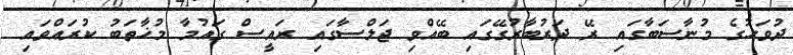
ދުވަހުގެ މުނާސަބާގައި ރޭ ދަރުބާރުގޭގައި ބޭއްވި ޖަލްސާގައި ރައީސް ގައުމާ މުޚާތަބު ކުރައްވައި